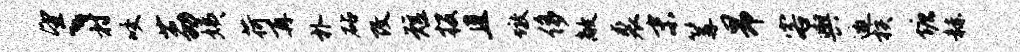
望丶村咬荔姨荷再朴砧改短投且墩侈敞裘末篝昂客舆邀核塘赫